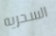
السحريه